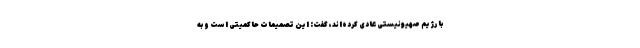
با رژیم صهیونیستی عادی کرده‌اند، گفت: این تصمیمات حاکمیتی است و به